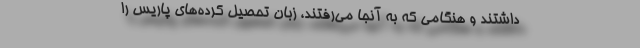
داشتند و هنگامی که به آنجا می‌رفتند، زبان تحصیل کرده‌های پاریس را